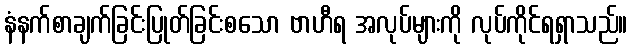
နံနက်စာချက်ခြင်းပြုတ်ခြင်းစသော ဗာဟီရ အလုပ်များကို လုပ်ကိုင်ရရှာသည်။